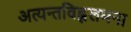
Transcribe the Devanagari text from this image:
अत्यन्तविह्वलमना